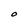
Character: O